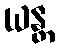
ယန္တ